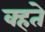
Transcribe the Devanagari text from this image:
क्हते